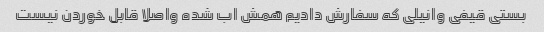
بستی قیفی وانیلی که سفارش دادیم همش اب شده واصلا قابل خوردن نیست